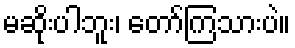
မဆိုးပါဘူး၊ တော်ကြသားပဲ။